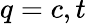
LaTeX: q=c,t